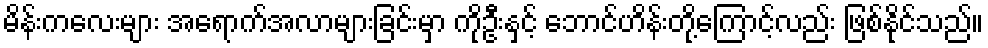
မိန်းကလေးများ အရောက်အလာများခြင်းမှာ ကိုဦးနှင့် ဘောင်ဟိန်းတို့ကြောင့်လည်း ဖြစ်နိုင်သည်။